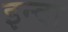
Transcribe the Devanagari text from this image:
इन्दा